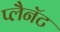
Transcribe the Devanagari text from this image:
प्लैनॅट